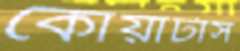
কোয়ার্টাস